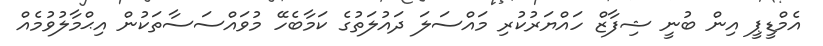
އެމްޑީޕީ އިން ބުނީ ޝިފާޒް ހައްޔަރުކުރި މައްސަލަ ދައުލަތުގެ ކަމާބެހޭ މުވައްސަސާތަކުން އިޙްމާލުވުމެއް